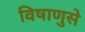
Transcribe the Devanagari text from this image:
विषाणुसे